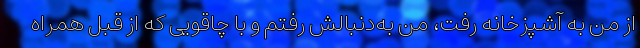
از من به آشپزخانه رفت، من به‌دنبالش رفتم و با چاقویی که از قبل همراه